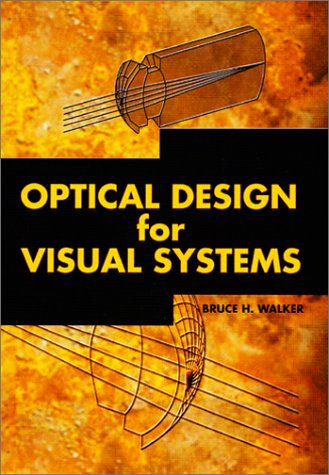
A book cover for Optical Design for Visual Systems (SPIE Tutorial Texts in Optical Engineering Vol. TT45); Bruce H. Walker; Health, Fitness & Dieting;